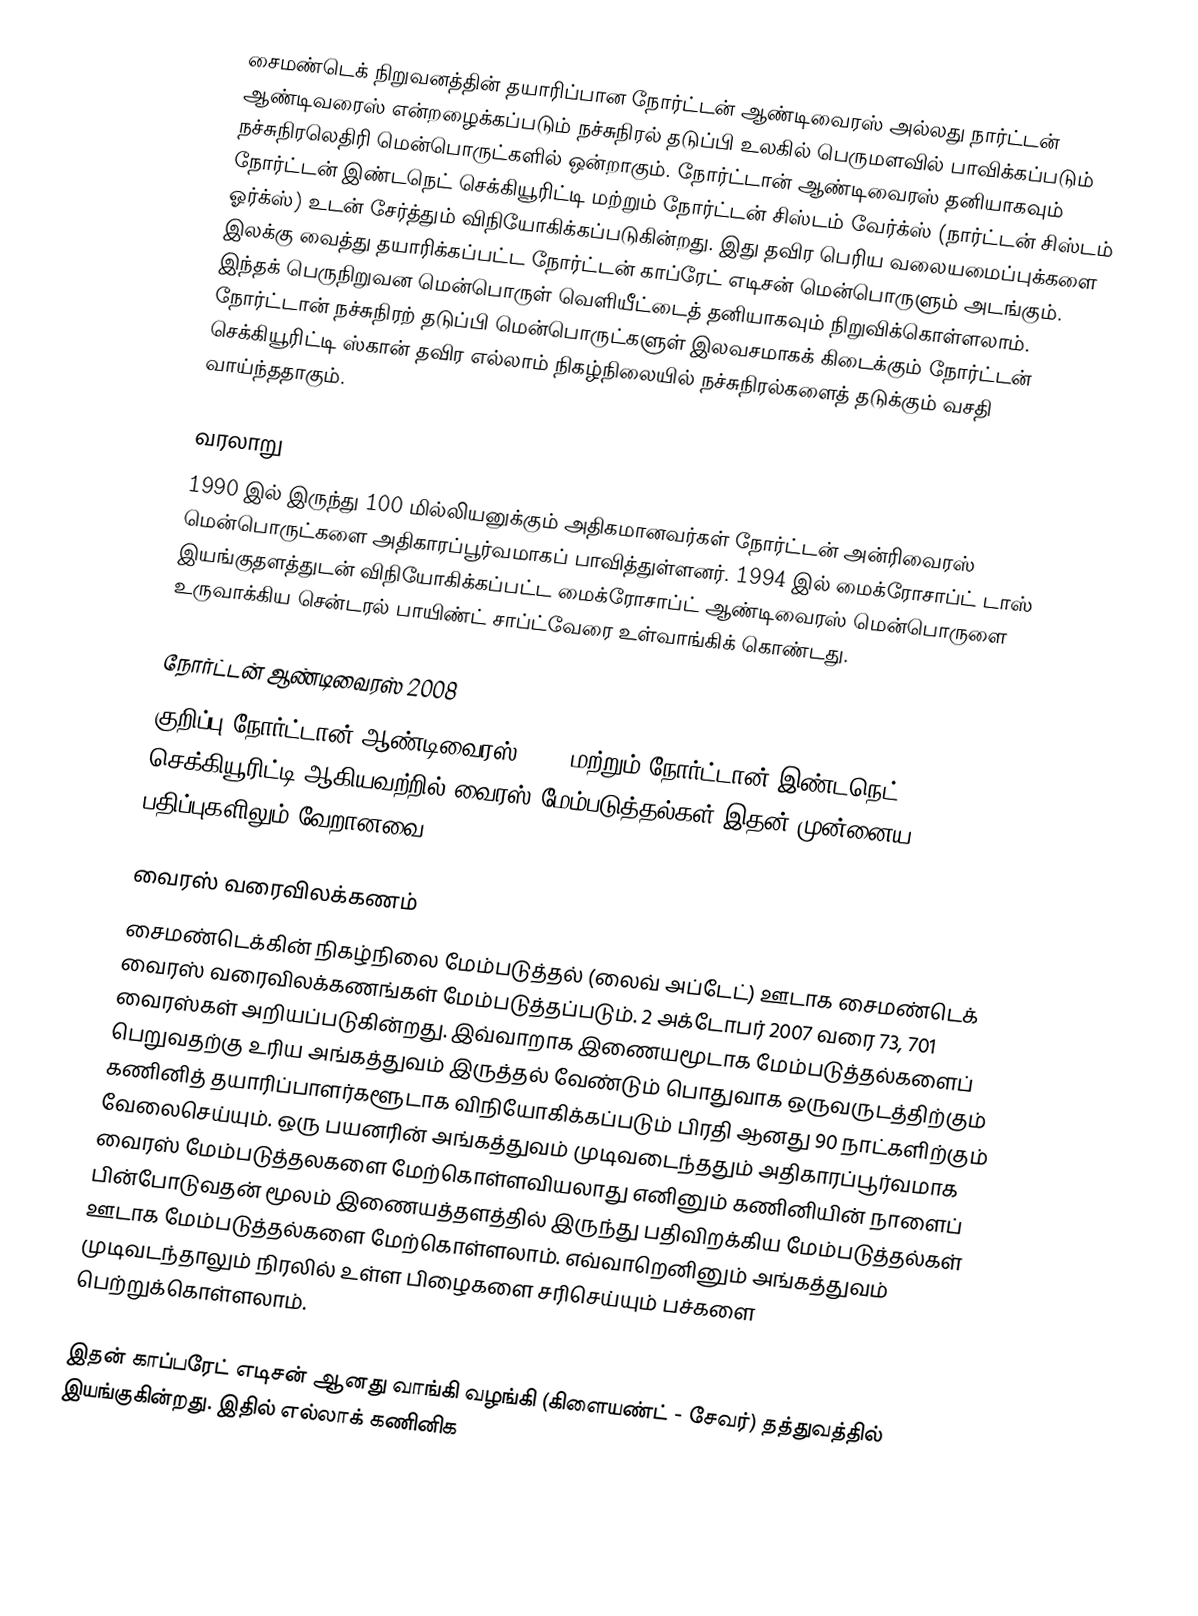
சைமண்டெக் நிறுவனத்தின் தயாரிப்பான நோர்ட்டன் ஆண்டிவைரஸ் அல்லது நார்ட்டன் ஆண்டிவரைஸ் என்றழைக்கப்படும் நச்சுநிரல் தடுப்பி உலகில் பெருமளவில் பாவிக்கப்படும் நச்சுநிரலெதிரி மென்பொருட்களில் ஒன்றாகும். நோர்ட்டான் ஆண்டிவைரஸ் தனியாகவும் நோர்ட்டன் இண்டநெட் செக்கியூரிட்டி மற்றும் நோர்ட்டன் சிஸ்டம் வேர்க்ஸ் (நார்ட்டன் சிஸ்டம் ஓர்க்ஸ்) உடன் சேர்த்தும் விநியோகிக்கப்படுகின்றது. இது தவிர பெரிய வலையமைப்புக்களை இலக்கு வைத்து தயாரிக்கப்பட்ட நோர்ட்டன் காப்ரேட் எடிசன் மென்பொருளும் அடங்கும். இந்தக் பெருநிறுவன மென்பொருள் வெளியீட்டைத் தனியாகவும் நிறுவிக்கொள்ளலாம். நோர்ட்டான் நச்சுநிரற் தடுப்பி மென்பொருட்களுள் இலவசமாகக் கிடைக்கும் நோர்ட்டன் செக்கியூரிட்டி ஸ்கான் தவிர எல்லாம் நிகழ்நிலையில் நச்சுநிரல்களைத் தடுக்கும் வசதி வாய்ந்ததாகும்.

வரலாறு
1990 இல் இருந்து 100 மில்லியனுக்கும் அதிகமானவர்கள் நோர்ட்டன் அன்ரிவைரஸ் மென்பொருட்களை அதிகாரப்பூர்வமாகப் பாவித்துள்ளனர். 1994 இல் மைக்ரோசாப்ட் டாஸ் இயங்குதளத்துடன் விநியோகிக்கப்பட்ட மைக்ரோசாப்ட் ஆண்டிவைரஸ் மென்பொருளை உருவாக்கிய சென்டரல் பாயிண்ட் சாப்ட்வேரை உள்வாங்கிக் கொண்டது.

நோர்ட்டன் ஆண்டிவைரஸ் 2008
குறிப்பு நோர்ட்டான் ஆண்டிவைரஸ் 2008 மற்றும் நோர்ட்டான் இண்டநெட் செக்கியூரிட்டி ஆகியவற்றில் வைரஸ் மேம்படுத்தல்கள் இதன் முன்னைய பதிப்புகளிலும் வேறானவை.

வைரஸ் வரைவிலக்கணம்
சைமண்டெக்கின் நிகழ்நிலை மேம்படுத்தல் (லைவ் அப்டேட்) ஊடாக சைமண்டெக் வைரஸ் வரைவிலக்கணங்கள் மேம்படுத்தப்படும். 2 அக்டோபர் 2007 வரை 73, 701 வைரஸ்கள் அறியப்படுகின்றது. இவ்வாறாக இணையமூடாக மேம்படுத்தல்களைப் பெறுவதற்கு உரிய அங்கத்துவம் இருத்தல் வேண்டும் பொதுவாக ஒருவருடத்திற்கும் கணினித் தயாரிப்பாளர்களூடாக விநியோகிக்கப்படும் பிரதி ஆனது 90 நாட்களிற்கும் வேலைசெய்யும். ஒரு பயனரின் அங்கத்துவம் முடிவடைந்ததும் அதிகாரப்பூர்வமாக வைரஸ் மேம்படுத்தலகளை மேற்கொள்ளவியலாது எனினும் கணினியின் நாளைப் பின்போடுவதன் மூலம் இணையத்தளத்தில் இருந்து பதிவிறக்கிய மேம்படுத்தல்கள் ஊடாக மேம்படுத்தல்களை மேற்கொள்ளலாம். எவ்வாறெனினும் அங்கத்துவம் முடிவடந்தாலும் நிரலில் உள்ள பிழைகளை சரிசெய்யும் பச்களை பெற்றுக்கொள்ளலாம்.

இதன் காப்பரேட் எடிசன் ஆனது வாங்கி வழங்கி (கிளையண்ட் - சேவர்) தத்துவத்தில் இயங்குகின்றது. இதில் எல்லாக் கணினிக